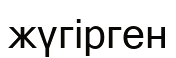
жүгірген